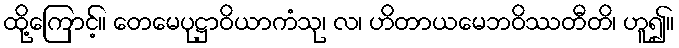
ထို့ကြောင့်။ တေမေပုဋ္ဌာဝိယာကံသု၊ လ၊ ဟိတာယမေဘဝိဿတီတိ၊ ဟူ၍။